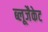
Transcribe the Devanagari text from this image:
ब्लूजैकेट